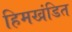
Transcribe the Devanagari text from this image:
हिमखंडित